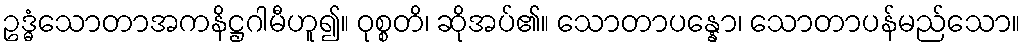
ဥဒ္ဓံသောတာအကနိဋ္ဌဂါမီဟူ၍။ ဝုစ္စတိ၊ ဆိုအပ်၏။ သောတာပန္နော၊ သောတာပန်မည်သော။